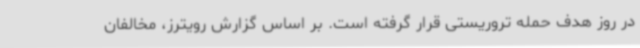
در روز هدف حمله تروریستی قرار گرفته است. بر اساس گزارش رویترز، مخالفان